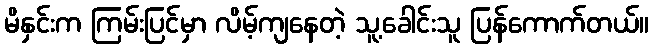
မိနှင်းက ကြမ်းပြင်မှာ လိမ့်ကျနေတဲ့ သူ့ခေါင်းသူ ပြန်ကောက်တယ်။